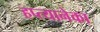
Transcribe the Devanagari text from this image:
हप्त्यानेका